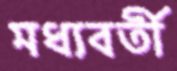
মধ্যবর্তী